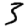
Digit: 3